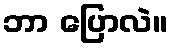
ဘာ ပြောလဲ။